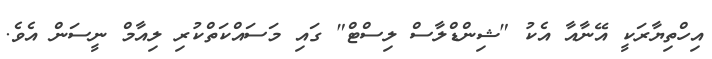
އިހްތިޔާރަކީ އޭނާއާ އެކު "ޝިންޑްލާސް ލިސްޓް" ގައި މަސައްކަތްކުރި ލިއާމް ނީސަން އެވެ.